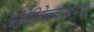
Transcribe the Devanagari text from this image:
अमेरिकेच्याच्या